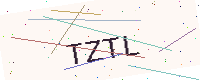
Text: TZTL